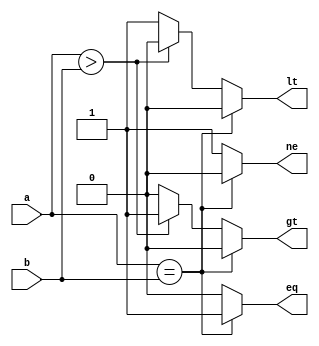
module Comparator (
    input wire [7:0] a,
    input wire [7:0] b,
    output reg eq, // equal
    output reg ne, // not equal
    output reg gt, // greater than
    output reg lt  // less than
);

always @* begin
    if (a == b) begin
        eq = 1;
        ne = 0;
        gt = 0;
        lt = 0;
    end else begin
        eq = 0;
        ne = 1;
        if (a > b) begin
            gt = 1;
            lt = 0;
        end else begin
            gt = 0;
            lt = 1;
        end
    end
end

endmodule